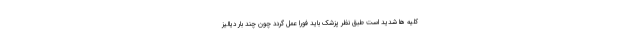
کلیه ها شدید است طبق نظر پزشک باید فورا عمل گردد چون چند بار دیالیز